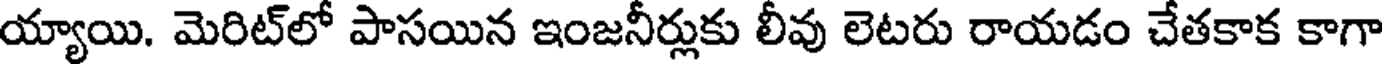
య్యాయి. మెరిట్లో పాసయిన ఇంజనీర్లుకు లీవు లెటరు రాయడం చేతకాక కాగా